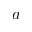
a